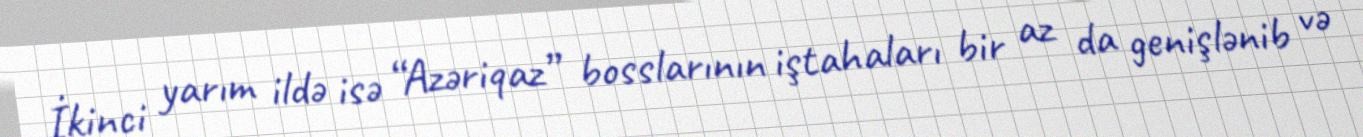
İkinci yarım ildə isə “Azəriqaz” bosslarının iştahaları bir az da genişlənib və